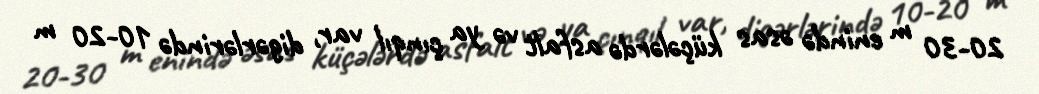
20-30 m enində əsas küçələrdə asfalt və ya çınqıl var, digərlərində 10-20 m